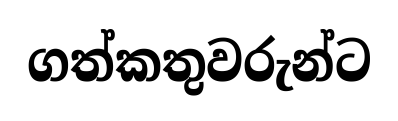
ගත්කතුවරුන්ට